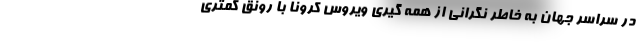
در سراسر جهان به خاطر نگرانی از همه گیری ویروس کرونا با رونق کمتری